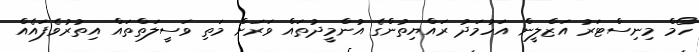
ހޯމް މިނިސްޓަރު އަޒްލީން އަހުމަދު ރައްޔިތުންގެ އުންމީދުތައް ވަރަށް މަތި ވަސީލަތްތައް އިތުރުވެފައެއް